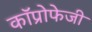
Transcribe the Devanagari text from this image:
कॉप्रोफेजी